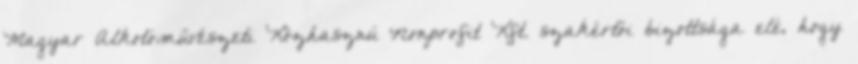
Magyar Alkotóművészeti Közhasznú Nonprofit Kft. szakértői bizottsága elé, hogy